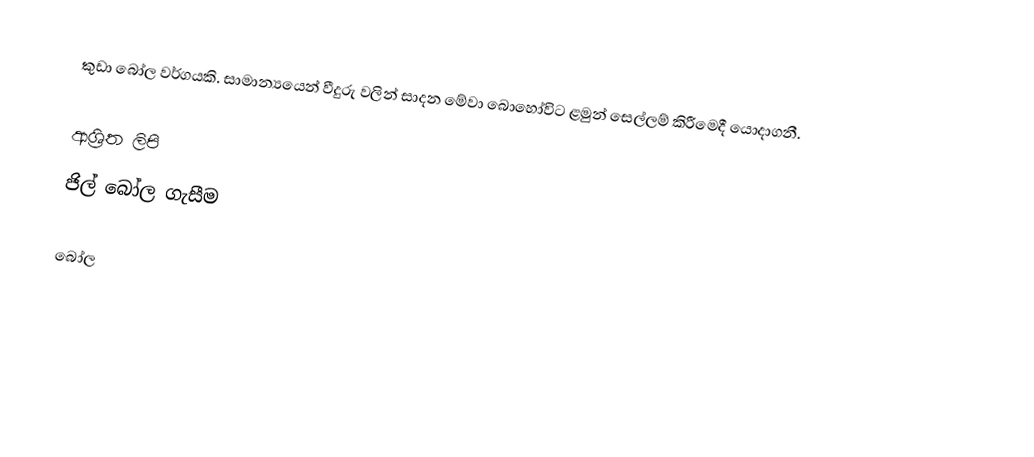
කුඩා බෝල වර්ගයකි. සාමාන්‍යයෙන් වීදුරු වලින් සාදන මේවා බොහෝවිට ළමුන් සෙල්ලම් කිරීමෙදී යොදාගනී.

ආශ්‍රිත ලිපි
 ජිල් බෝල ගැසීම

බෝල